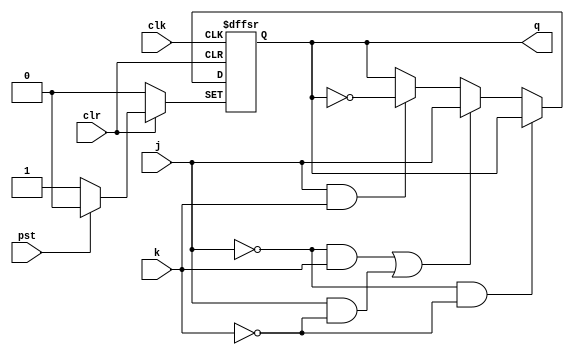
`timescale 1ns / 1ps
module jk_ff(input clk,clr,pst,j,k,output reg  q);

always @(negedge clk or negedge clr or negedge pst) begin
if(~clr)
    q<=0;
else if(~pst)
    q<=1;
else if(j==0  && k==0)
    q<=q;
else if((j==0 && k==1)||(j==1 && k==0))
    q<=j; 
else if(j==1 && k==1)
    q<=~q;
end
endmodule